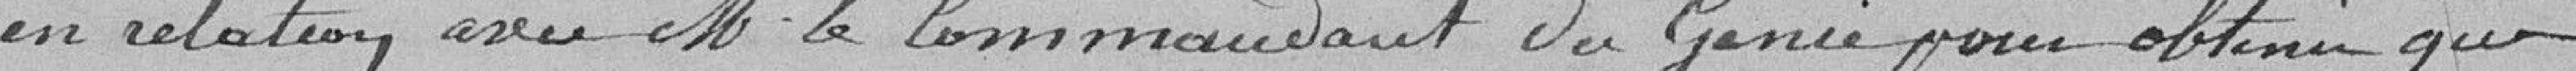
en relation avec M. le Commandant du Génie pour obtenir que